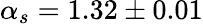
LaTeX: \alpha_{s}=1.32\pm 0.01